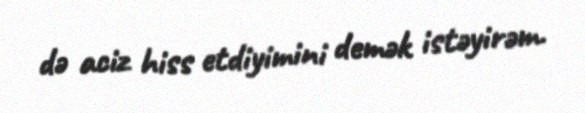
də aciz hiss etdiyimini demək istəyirəm.